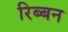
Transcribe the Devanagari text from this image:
रिब्बन